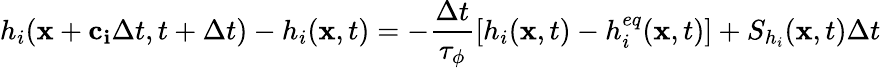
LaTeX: h_{i}(\mathbf{x}+\mathbf{c_{i}}\Delta t,t+\Delta t)-h_{i}(\mathbf{x},t)=-\frac{\Delta t}{\tau_{\phi}}\left[h_{i}(\mathbf{x},t)-h_{i}^{eq}(\mathbf{x},t)\right]+S_{h_{i}}(\mathbf{x},t)\Delta t